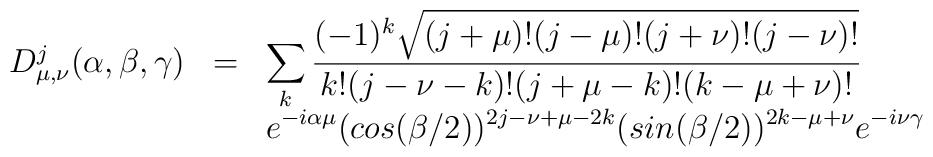
\begin{array}{rcl}D^{j}_{\mu,\nu}(\alpha,\beta,\gamma)&=&\displaystyle\sum_k\frac{(-1)^k\sqrt{(j+\mu)!(j-\mu)!(j+\nu)!(j-\nu)!}}{k!(j-\nu-k)!(j+\mu-k)!(k-\mu+\nu)!}  \nonumber \\& &\displaystyle e^{-i\alpha\mu}(cos(\beta/2))^{2j-\nu+\mu-2k}(sin(\beta/2))^{2k-\mu+\nu}e^{-i\nu\gamma}\end{array}